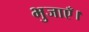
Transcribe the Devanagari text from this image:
भुजाएँ।